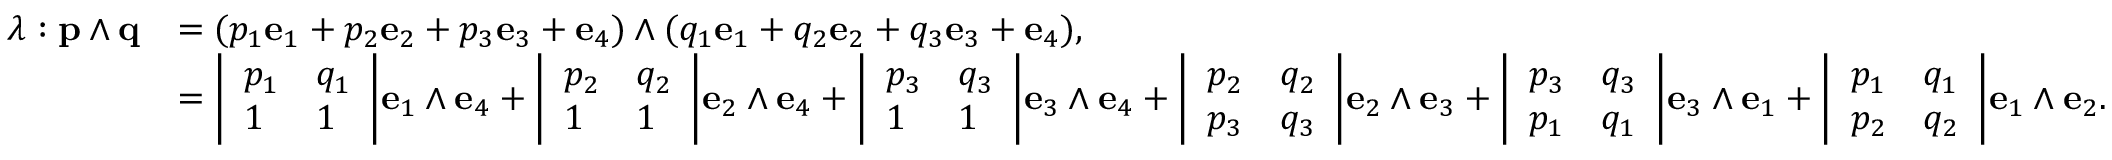
{ \begin{array} { r l } { \lambda : \mathbf { p } \wedge \mathbf { q } } & { = ( p _ { 1 } \mathbf { e } _ { 1 } + p _ { 2 } \mathbf { e } _ { 2 } + p _ { 3 } \mathbf { e } _ { 3 } + \mathbf { e } _ { 4 } ) \wedge ( q _ { 1 } \mathbf { e } _ { 1 } + q _ { 2 } \mathbf { e } _ { 2 } + q _ { 3 } \mathbf { e } _ { 3 } + \mathbf { e } _ { 4 } ) , } \\ & { = { \left| \begin{array} { l l } { p _ { 1 } } & { q _ { 1 } } \\ { 1 } & { 1 } \end{array} \right| } \mathbf { e } _ { 1 } \wedge \mathbf { e } _ { 4 } + { \left| \begin{array} { l l } { p _ { 2 } } & { q _ { 2 } } \\ { 1 } & { 1 } \end{array} \right| } \mathbf { e } _ { 2 } \wedge \mathbf { e } _ { 4 } + { \left| \begin{array} { l l } { p _ { 3 } } & { q _ { 3 } } \\ { 1 } & { 1 } \end{array} \right| } \mathbf { e } _ { 3 } \wedge \mathbf { e } _ { 4 } + { \left| \begin{array} { l l } { p _ { 2 } } & { q _ { 2 } } \\ { p _ { 3 } } & { q _ { 3 } } \end{array} \right| } \mathbf { e } _ { 2 } \wedge \mathbf { e } _ { 3 } + { \left| \begin{array} { l l } { p _ { 3 } } & { q _ { 3 } } \\ { p _ { 1 } } & { q _ { 1 } } \end{array} \right| } \mathbf { e } _ { 3 } \wedge \mathbf { e } _ { 1 } + { \left| \begin{array} { l l } { p _ { 1 } } & { q _ { 1 } } \\ { p _ { 2 } } & { q _ { 2 } } \end{array} \right| } \mathbf { e } _ { 1 } \wedge \mathbf { e } _ { 2 } . } \end{array} }